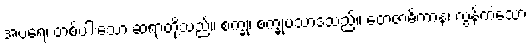
အပရေ၊ တစ်ပါးသော ဆရာတို့သည်။ စက္ခု၊ စက္ခုပသာဒသည်။ တေဇာဓိကာနံ၊ လွန်ကဲသော